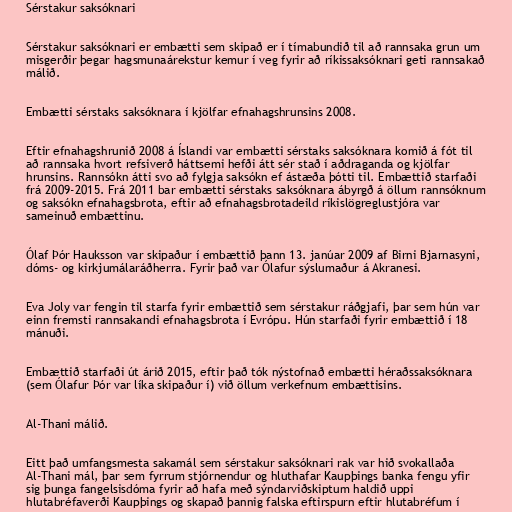
Sérstakur saksóknari

Sérstakur saksóknari er embætti sem skipað er í tímabundið til að rannsaka grun um
misgerðir þegar hagsmunaárekstur kemur í veg fyrir að ríkissaksóknari geti rannsakað
málið.

Embætti sérstaks saksóknara í kjölfar efnahagshrunsins 2008.

Eftir efnahagshrunið 2008 á Íslandi var embætti sérstaks saksóknara komið á fót til
að rannsaka hvort refsiverð háttsemi hefði átt sér stað í aðdraganda og kjölfar
hrunsins. Rannsókn átti svo að fylgja saksókn ef ástæða þótti til. Embættið starfaði
frá 2009-2015. Frá 2011 bar embætti sérstaks saksóknara ábyrgð á öllum rannsóknum
og saksókn efnahagsbrota, eftir að efnahagsbrotadeild ríkislögreglustjóra var
sameinuð embættinu.

Ólaf Þór Hauksson var skipaður í embættið þann 13. janúar 2009 af Birni Bjarnasyni,
dóms- og kirkjumálaráðherra. Fyrir það var Ólafur sýslumaður á Akranesi.

Eva Joly var fengin til starfa fyrir embættið sem sérstakur ráðgjafi, þar sem hún var
einn fremsti rannsakandi efnahagsbrota í Evrópu. Hún starfaði fyrir embættið í 18
mánuði.

Embættið starfaði út árið 2015, eftir það tók nýstofnað embætti héraðssaksóknara
(sem Ólafur Þór var líka skipaður í) við öllum verkefnum embættisins.

Al-Thani málið.

Eitt það umfangsmesta sakamál sem sérstakur saksóknari rak var hið svokallaða
Al-Thani mál, þar sem fyrrum stjórnendur og hluthafar Kaupþings banka fengu yfir
sig þunga fangelsisdóma fyrir að hafa með sýndarviðskiptum haldið uppi
hlutabréfaverði Kaupþings og skapað þannig falska eftirspurn eftir hlutabréfum í